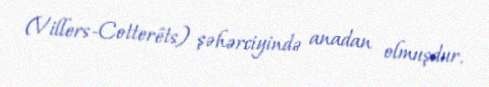
(Villers-Cotterêts) şəhərciyində anadan olmuşdur.